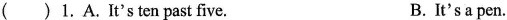
( )1.A.It's ten past five. B.It's a pen.